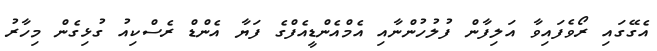
އެގޭގައި ރޯވެފައިވާ އަލިފާން ފުލުހުންނާއި އެމްއެންޑީއެފްގެ ފަޔާ އެންޑް ރެސްކިއު ގުޅިގެން މިހާރު